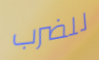
للضرب